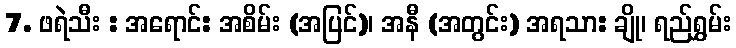
7. ဖရဲသီး : အရောင်: အစိမ်း (အပြင်)၊ အနီ (အတွင်း) အရသာ: ချို၊ ရည်ရွှမ်း